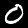
Label: 0